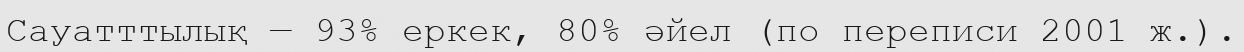
Сауатттылық — 93% еркек, 80% әйел (по переписи 2001 ж.).